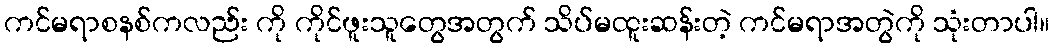
ကင်မရာစနစ်ကလည်း ကို ကိုင်ဖူးသူတွေအတွက် သိပ်မထူးဆန်းတဲ့ ကင်မရာအတွဲကို သုံးတာပါ။